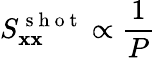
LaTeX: S_{\mathbf{x}\mathbf{x}}^{\mathrm{{~s~h~o~t~}}}\propto\frac{{1}}{{P}}